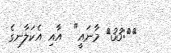
}{:33} މާނައީ"  އާއި އެކަލާނގެ